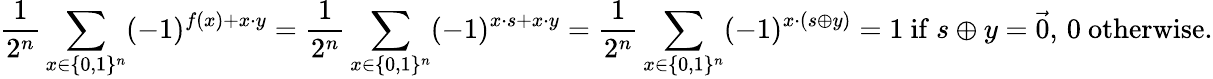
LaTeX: {\frac{1}{2^{n}}}\sum_{x\in\{ 0,1\} ^{n}}(-1)^{f(x)+x\cdot y}={\frac{1}{2^{n}}}\sum_{x\in\{ 0,1\} ^{n}}(-1)^{x\cdot s+x\cdot y}={\frac{1}{2^{n}}}\sum_{x\in\{ 0,1\} ^{n}}(-1)^{x\cdot(s\oplus y)}=1{\mathrm{~if~}}s\oplus y={\vec{0}},\, 0{\mathrm{~otherwise}}.